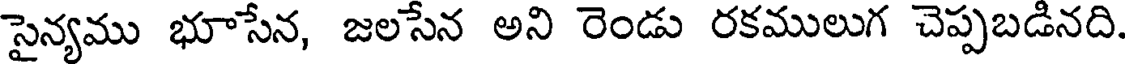
సైన్యము భూసేన, జలసేన అని రెండు రకములుగ చెప్పబడినది